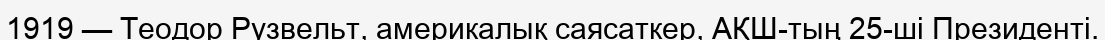
1919 — Теодор Рузвельт, америкалық саясаткер, АҚШ-тың 25-ші Президенті.